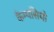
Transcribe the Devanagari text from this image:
कैम्पसियो